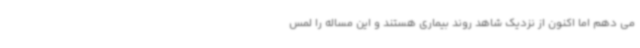
می دهم اما اکنون از نزدیک شاهد روند بیماری هستند و این مساله را لمس